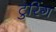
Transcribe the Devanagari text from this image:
टुरिंग